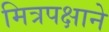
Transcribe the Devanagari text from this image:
मित्रपक्षाने